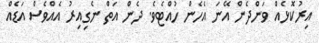
އިރުކޮޅެއް ވަންދެން އޭނަ އެހެން ހުއްޓެވެ. ދެން އަތް ނެގިއިރު އެއްވެސް އަޑެއް